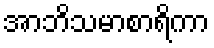
အာဘိသမာစာရိကာ